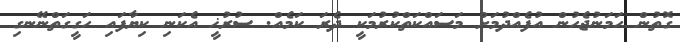
ގޮތުން ހަމަނުޖެހުން އުފެއްދުމަށް މަސައްކަތްކުރުމަކީ ދެރަ ކަމެއް. ސުރުޚީ އެކަނި ކިޔާފައި ހަގީގަތްނޭނގި